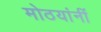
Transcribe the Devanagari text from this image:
मोठयांनीं